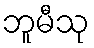
ဘူမီသု